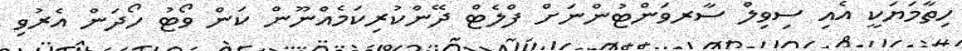
ހިތާމަޔަކީ އެއި ސިވިލް ސާރވަންޓުންނަށް ފްލެޓް ދޭންކުރިކަމެއްނޫން ކަން ވޯޓު ހޯދަން އެރުވި